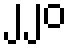
၂၂၀